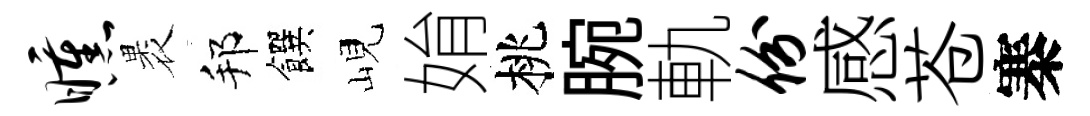
曛褁邦饌峴姢桃腕軌份感苍寨